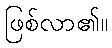
ဖြစ်လာ၏။